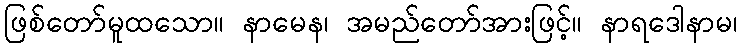
ဖြစ်တော်မူထသော။ နာမေန၊ အမည်တော်အားဖြင့်။ နာရဒေါနာမ၊